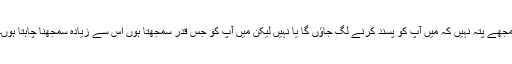
مجھے پتہ نہیں کہ میں آپ کو پسند کرنے لگ جاؤں گا یا نہیں لیکن میں آپ کو جس قدر سمجھتا ہوں اس سے زیادہ سمجھنا چاہتا ہوں۔